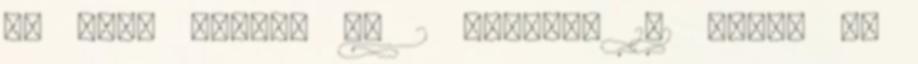
Mi alig nézzük kb 2 hetente 1-1 film, de